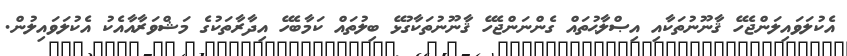
އެކުލަވައިލަންޖެހޭ ޤާނޫނުތަކާއި އިޞްލާޙުތައް ގެންނަންޖެހޭ ޤާނޫނުތަކާގުޅޭ ބިލުތައް ކަމާބެހޭ އިދާރާތަކުގެ މަޝްވަރާއާއެކު އެކުލަވައިލުން.